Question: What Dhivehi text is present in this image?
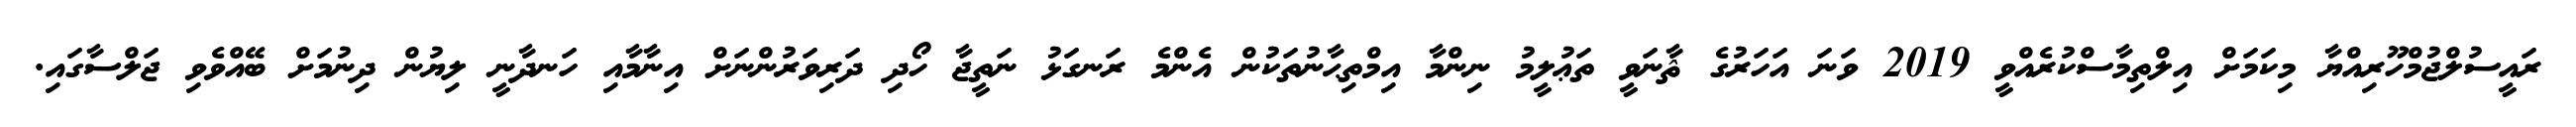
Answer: ރައީސުލްޖުމްހޫރިއްޔާ މިކަމަށް އިލްތިމާސްކުރެއްވީ 2019 ވަނަ އަހަރުގެ ޘާނަވީ ތަޢުލީމު ނިންމާ އިމްތިޙާނުތަކުން އެންމެ ރަނގަޅު ނަތީޖާ ހޯދި ދަރިވަރުންނަށް އިނާމާއި ހަނދާނީ ލިޔުން ދިނުމަށް ބޭއްވެވި ޖަލްސާގައި.